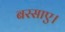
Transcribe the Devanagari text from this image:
बरसाए।